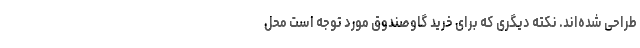
طراحی شده­اند. نکته دیگری که برای خرید گاوصندوق مورد توجه است محل